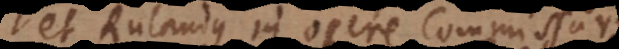
et Rulandus in opere Commissarii.